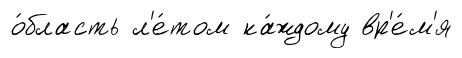
о́бласть л'е́том ка́ждому вр'е́м'я